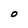
Character: O